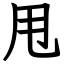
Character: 甩